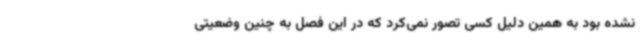
نشده بود به همین دلیل کسی تصور نمی‌کرد که در این فصل به چنین وضعیتی